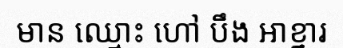
មាន ឈ្មោះ ហៅ បឹង អាខ្នារ